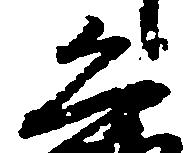
恐